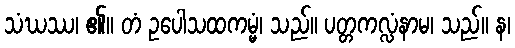
သံဃဿ၊ ၏။ တံ ဥပေါသထကမ္မံ၊ သည်။ ပတ္တကလ္လံနာမ၊ သည်။ န၊